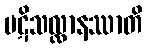
ပဋိသလ္လာနဿာတိ